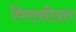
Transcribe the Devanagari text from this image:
मिरासीदार